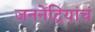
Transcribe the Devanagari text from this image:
जननेंद्रियांचं